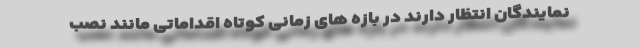
نمایندگان انتظار دارند در بازه های زمانی کوتاه اقداماتی مانند نصب